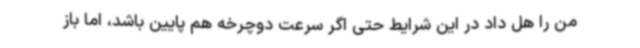
من را هل داد در این شرایط حتی اگر سرعت دوچرخه هم پایین باشد، اما باز